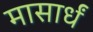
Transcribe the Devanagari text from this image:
मासार्धं